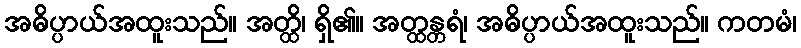
အဓိပ္ပာယ်အထူးသည်။ အတ္ထိ၊ ရှိ၏။ အတ္ထန္တရံ၊ အဓိပ္ပာယ်အထူးသည်။ ကတမံ၊